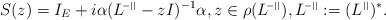
LaTeX: \begin{align*} S(z)= I_E + i \alpha( {L^{\phantom{s}}\!\!\!}^{\scriptscriptstyle{-||} }-zI)^{-1} \alpha, z \in \rho({L^{\phantom{s}}\!\!\!}^{\scriptscriptstyle{-||} }), {L^{\phantom{s}}\!\!\!}^{\scriptscriptstyle{-||} }:=({L^{\phantom{s}}\!\!}^{\scriptscriptstyle{||} })^*.\end{align*}